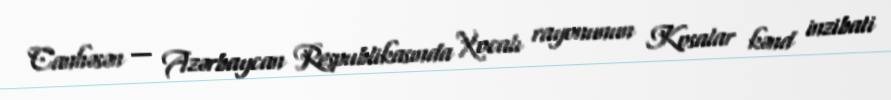
Canhəsən — Azərbaycan Respublikasında Xocalı rayonunun Kosalar kənd inzibati